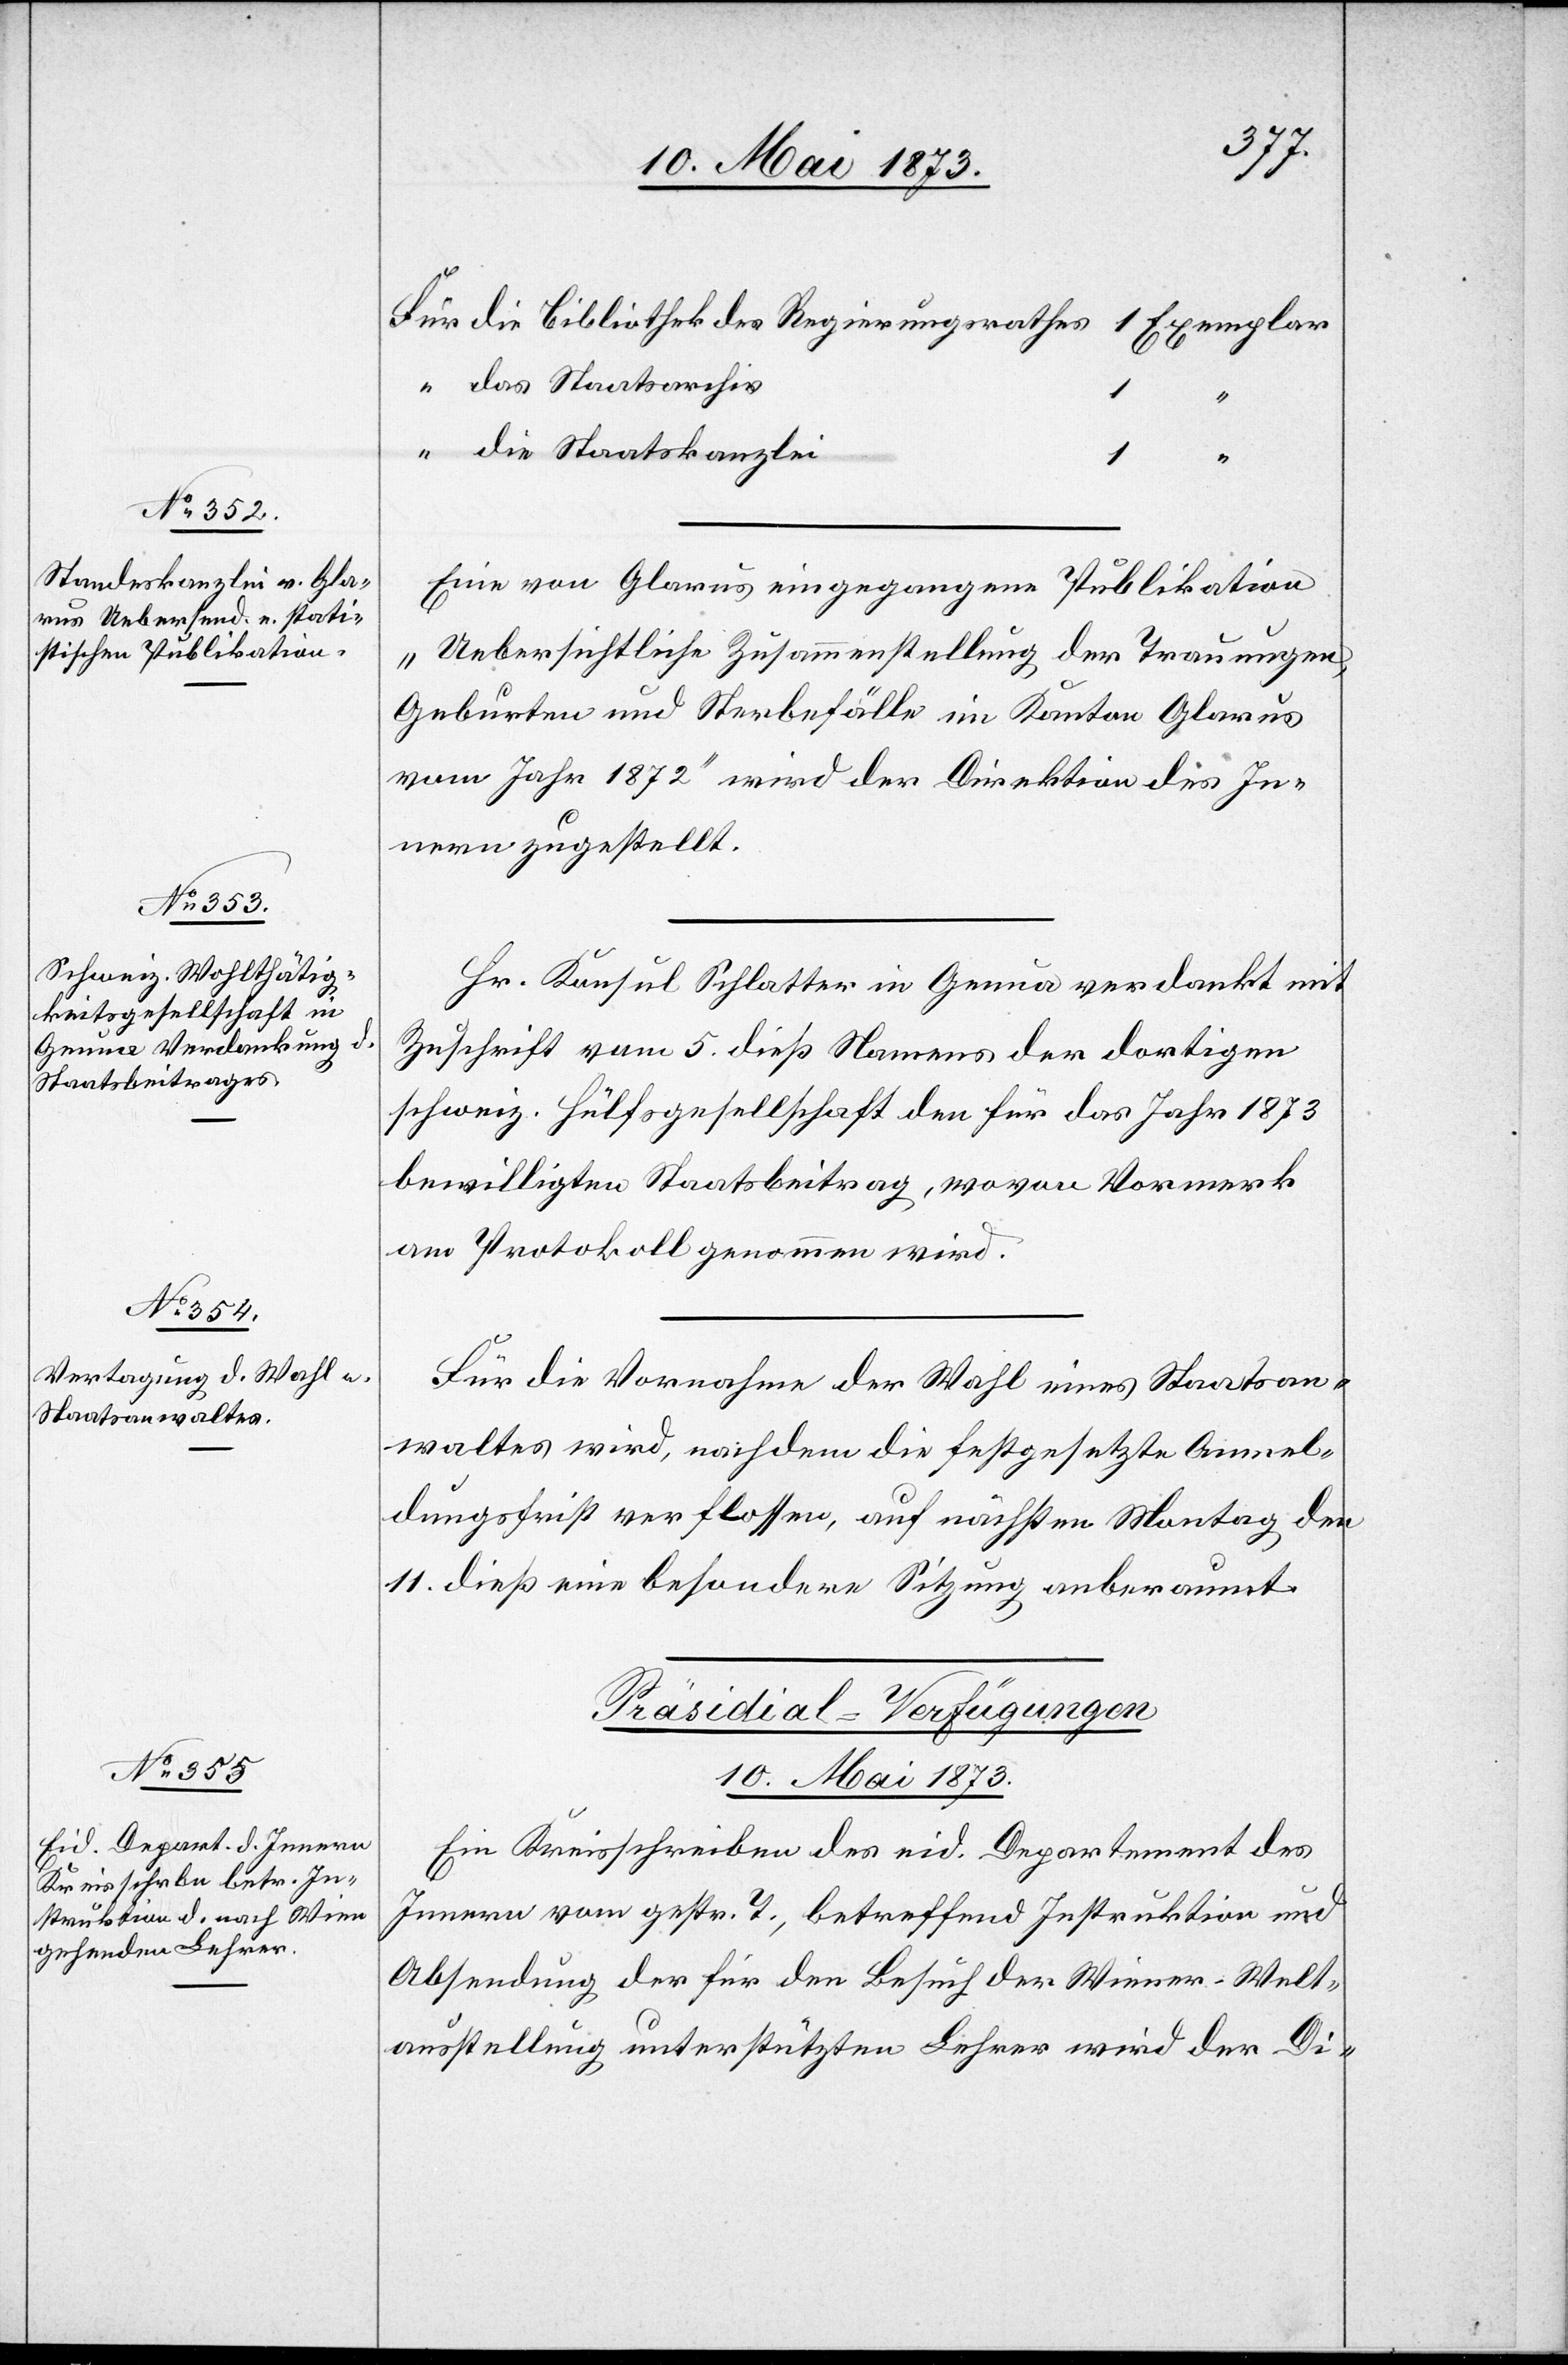
das Staatsarchiv
1
“
die Staatskanzlei
Eine von Glarus eingegangene Publikation
„Uebersichtliche Zusammenstellung der Trauungen,
Geburten und Sterbefälle im Kanton Glarus
vom Jahr 1872“ wird der Direktion des In¬
nern zugestellt.
Hr. Konsul Schlatter in Genua verdankt mit
Zuschrift vom 5. dieß Namens der dortigen
schweiz. Hülfsgesellschaft den für das Jahr 1873
bewilligten Staatsbeitrag, wovon Vormerk
am Protokoll genommen wird.
Für die Vornahme der Wahl eines Staatsan¬
waltes wird, nachdem die festgesetzte Anmel¬
dungsfrist verflossen, auf nächsten Montag den
11. dieß eine besondere Sitzung anberaumt.
Präsidial-Verfügungen
10. Mai 1873
Ein Kreisschreiben des eid. Departement des
Innern vom gestr. T., betreffend Instruktion und
Absendung der für den Besuch der Wiener-Welt¬
ausstellung unterstützten Lehrer wird der Di-